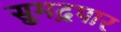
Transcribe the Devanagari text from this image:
सुमद्रपार